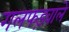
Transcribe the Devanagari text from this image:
गलफड़वाले